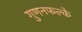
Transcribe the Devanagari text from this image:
गुणनफल्के